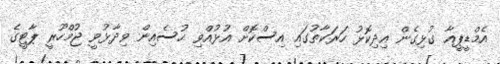
އެމްޑީޕީއާ ގުޅިގެން އިދިކޮޅު ހަރަކާތުގައި އިސްކޮށް އުޅުއްވި ހުސެއިން ވިދާޅުވީ ޖުމްހޫރީ ޕާޓީގެ